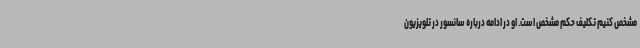
مشخص کنیم تکلیف حکم مشخص است. او در ادامه درباره سانسور در تلویزیون